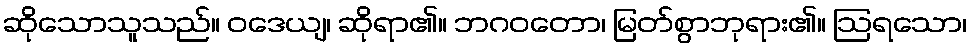
ဆိုသောသူသည်။ ဝဒေယျ၊ ဆိုရာ၏။ ဘဂဝတော၊ မြတ်စွာဘုရား၏။ ဩရသော၊